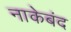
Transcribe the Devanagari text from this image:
नाकेबंद